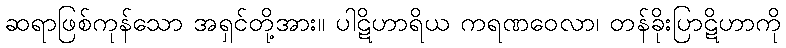
ဆရာဖြစ်ကုန်သော အရှင်တို့အား။ ပါဋိဟာရိယ ကရဏဝေလာ၊ တန်ခိုးပြာဋိဟာကို